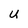
Character: U